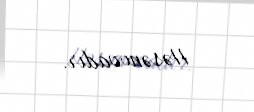
Həsənovadır.